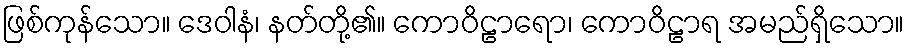
ဖြစ်ကုန်သော။ ဒေဝါနံ၊ နတ်တို့၏။ ကောဝိဠာရော၊ ကောဝိဠာရ အမည်ရှိသော။